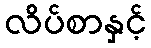
လိပ်စာနှင့်